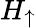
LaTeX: H_{\uparrow}